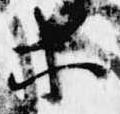
等